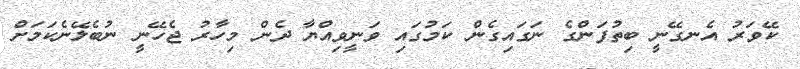
ކޭވަރު އެނގޭނީ ބިތުފަންގެ ނަގައިގެން ކަމުގައި ވަނީވިއްޔާ ދެން މިހާރު ޖެހޭނީ ނުބެލޭނެކަމަށް